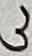
Text: 3